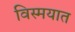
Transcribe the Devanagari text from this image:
विस्मयात